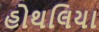
હોથલિયા